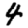
Digit: 4